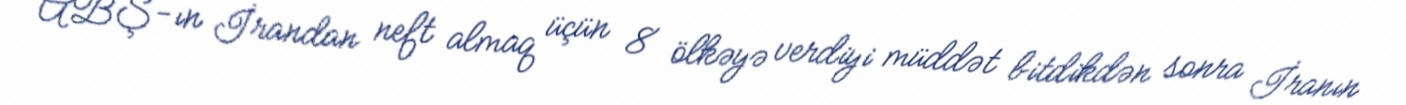
ABŞ-ın İrandan neft almaq üçün 8 ölkəyə verdiyi müddət bitdikdən sonra İranın